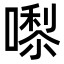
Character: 𭊵